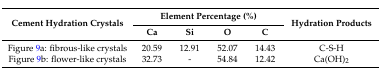
<table><thead><tr><td rowspan="2"><b>Cement Hydration Crystals</b></td><td colspan="4"><b>Element Percentage (%)</b></td><td rowspan="2"><b>Hydration Products</b></td></tr><tr><td><b>Ca</b></td><td><b>Si</b></td><td><b>O</b></td><td><b>C</b></td></tr></thead><tbody><tr><td>Figure 9a: fibrous-like crystals</td><td>20.59</td><td>12.91</td><td>52.07</td><td>14.43</td><td>C-S-H</td></tr><tr><td>Figure 9b: flower-like crystals</td><td>32.73</td><td>-</td><td>54.84</td><td>12.42</td><td>Ca(OH)<sub>2</sub></td></tr></tbody></table>